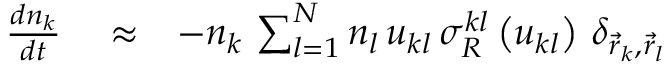
\begin{array} { r l r } { \frac { d n _ { k } } { d t } } & { { } \approx } & { - n _ { k } \, \sum _ { l = 1 } ^ { N } n _ { l } \, u _ { k l } \, \sigma _ { R } ^ { k l } \left( u _ { k l } \right) \, \delta _ { \vec { r } _ { k } , \vec { r } _ { l } } } \end{array}